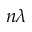
n \lambda